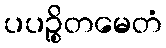
ပပဉ္စိတမေတံ